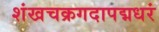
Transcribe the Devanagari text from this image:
शंखचक्रगदापद्मधरं